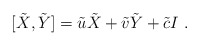
\begin{align*}[\tilde X,\tilde Y]=\tilde u\tilde X+\tilde v\tilde Y+\tilde cI \ .\end{align*}